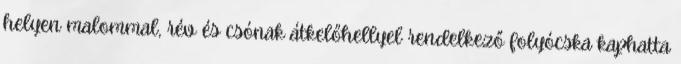
helyen malommal, rév és csónak átkelőhellyel rendelkező folyócska kaphatta